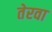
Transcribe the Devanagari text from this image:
तेरवा